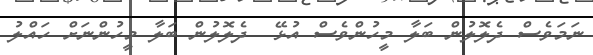
ނަމަވެސް ދެލޮލުން ބަލާ މީހުންވެސް އުޅޭ  ދެލޮލުން ބަލާ މީހުންނަށް ހައްލު